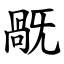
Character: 旤